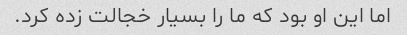
اما این او بود که ما را بسیار خجالت زده کرد.